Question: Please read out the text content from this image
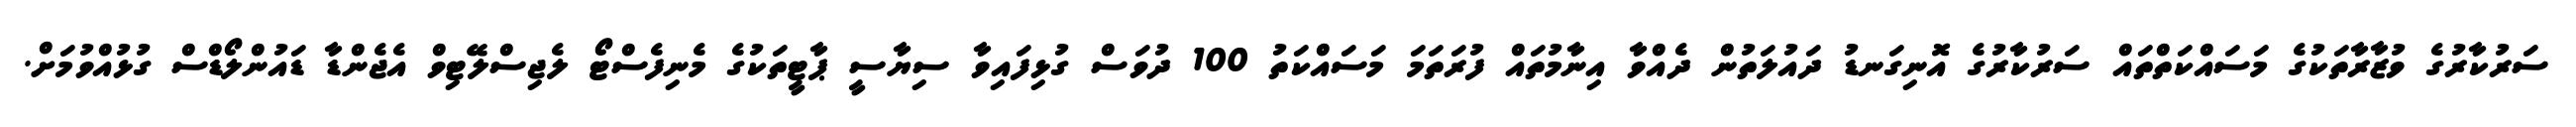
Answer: ސަރުކާރުގެ ވުޒާރާތަކުގެ މަސައްކަތްތައް ސަރުކާރުގެ އޮނިގަނޑު ދައުލަތުން ދެއްވާ އިނާމުތައް ފުރަތަމަ މަސައްކަތު 100 ދުވަސް ގުޅިފައިވާ ސިޔާސީ ޕާޓީތަކުގެ މެނިފެސްޓޯ ލެޖިސްލޭޓިވް އެޖެންޑާ ޑައުންލޯޑްސް ގުޅުއްވުމަށް.